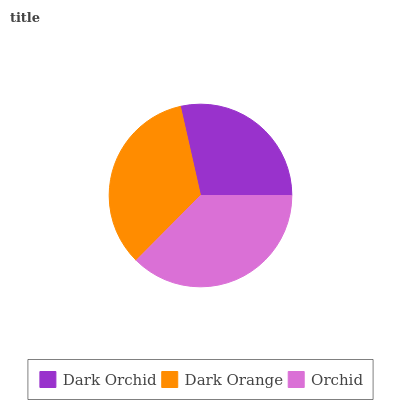
| Dark Orchid | Dark Orange | Orchid |
 | --- | --- | --- |
 | 28.5% | 34.1% | 37.4% |